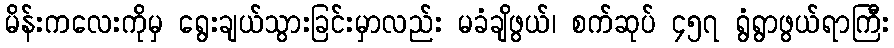
မိန်းကလေးကိုမှ ရွေးချယ်သွားခြင်းမှာလည်း မခံချိဖွယ်၊ စက်ဆုပ် ၄၅၇ ရွံရွာဖွယ်ရာကြီး